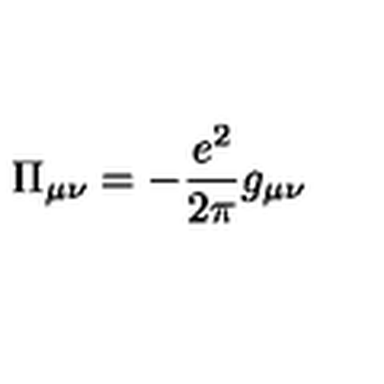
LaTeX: \Pi _ { \mu \nu } = - \frac { e ^ { 2 } } { 2 \pi } g _ { \mu \nu }